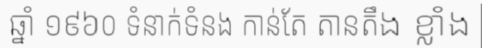
ឆ្នាំ ១៩៦០ ទំនាក់ទំនង កាន់តែ តានតឹង ខ្លាំង